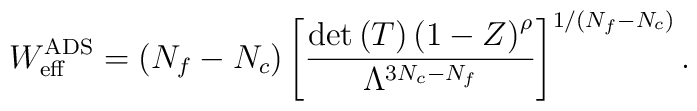
W_{\rm eff}^{\rm ADS}=(N_f-N_c) \left[\frac{	{\rm det}\left(T\right)\left(1-Z\right)^\rho}{	\Lambda^{3N_c-N_f}} \right] ^{1/(N_f-N_c)}.